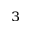
_ 3